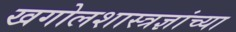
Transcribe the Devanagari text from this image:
खगोलशास्त्रज्ञांच्या